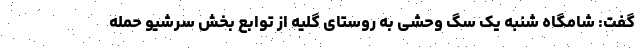
گفت: شامگاه شنبه یک سگ وحشی به روستای گلیه از توابع بخش سرشیو حمله